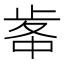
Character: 𣥷